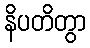
နိပတိတွာ